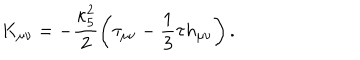
K _ { \mu \nu } = - \frac { \kappa _ { 5 } ^ { 2 } } { 2 } \left( \tau _ { \mu \nu } - \frac { 1 } { 3 } \tau h _ { \mu \nu } \right) .